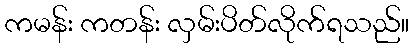
ကမန်း ကတန်း လှမ်းပိတ်လိုက်ရသည်။